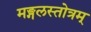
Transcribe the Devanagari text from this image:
मङ्गलस्तोत्रम्